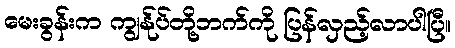
မေးခွန်းက ကျွန်ုပ်တို့ဘက်ကို ပြန်လှည့်လာပါပြီ။